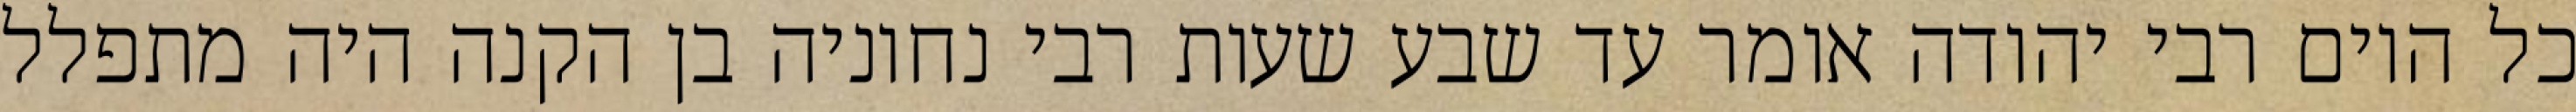
כל היום רבי יהודה אומר עד שבע שעות רבי נחוניה בן הקנה היה מתפלל